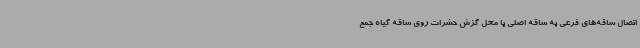
اتصال ساقه‌های فرعی به ساقه اصلی یا محل گزش حشرات روی ساقه گیاه جمع